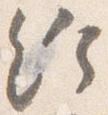
給